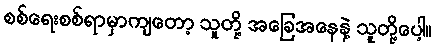
စစ်ရေးစစ်ရာမှာကျတော့ သူတို့ အခြေအနေနဲ့ သူတို့ပေါ့။